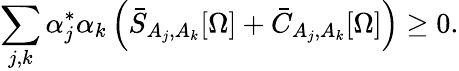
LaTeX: \sum_{j,k}\alpha_{j}^{*}\alpha_{k}\left(\bar{S}_{A_{j},A_{k}}[\Omega]+\bar{C}_{A_{j},A_{k}}[\Omega]\right)\geq{0}.